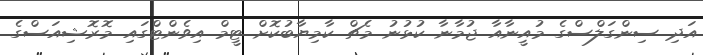
އަދި ސިންގަލްސްގެ މުއީނާއާ ޖުމާނާ ކުޅުނު މެޗް ކާމިޔާބުކޮށް ޓީމް އިވެންޓްގައި މޮރޮޝިއަސްގެ